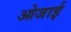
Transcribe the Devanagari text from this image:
ओजाई